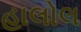
હાલોલ